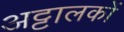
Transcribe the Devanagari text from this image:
अट्टालकों